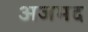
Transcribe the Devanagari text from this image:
अजमद